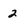
Character: 2